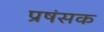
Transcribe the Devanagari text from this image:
प्रषंसक